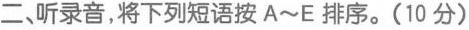
二、听录音,将下列短语按 A~E 排序.(10 分)